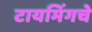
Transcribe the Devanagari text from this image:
टायमिंगचे